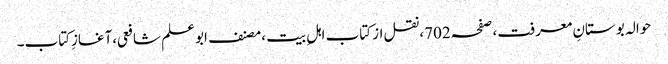
حوالہ بوستانِ معرفت،صفحہ702،نقل از کتاب اہلِ بیت ،مصنف ابوعلم شافعی،آغازِکتاب۔